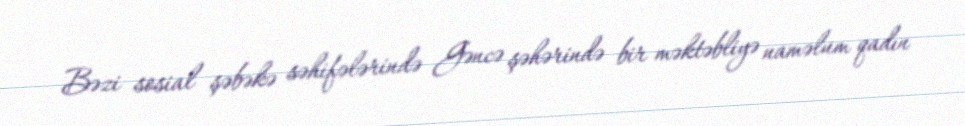
Bəzi sosial şəbəkə səhifələrində Gəncə şəhərində bir məktəbliyə naməlum qadın